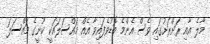
މާލެ އާއި ރަށްރަށުގައި ވެސް އެންމެ ބޮޑުވެފައިވާ އެއް މައްސަލައަކީ ކުނީގެ މައްސަލަ